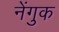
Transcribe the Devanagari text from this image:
नेंगुक